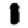
Digit: 1